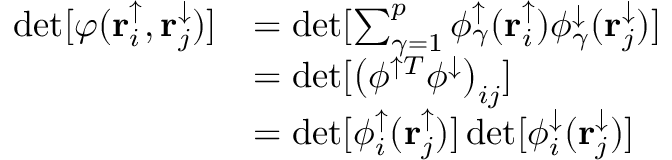
\begin{array} { r l } { \operatorname* { d e t } [ \varphi ( \mathbf { r } _ { i } ^ { \uparrow } , \mathbf { r } _ { j } ^ { \downarrow } ) ] } & { = \operatorname* { d e t } [ \sum _ { \gamma = 1 } ^ { p } \phi _ { \gamma } ^ { \uparrow } ( \mathbf { r } _ { i } ^ { \uparrow } ) \phi _ { \gamma } ^ { \downarrow } ( \mathbf { r } _ { j } ^ { \downarrow } ) ] } \\ & { = \operatorname* { d e t } [ \left( \phi ^ { \uparrow T } \phi ^ { \downarrow } \right) _ { i j } ] } \\ & { = \operatorname* { d e t } [ \phi _ { i } ^ { \uparrow } ( \mathbf { r } _ { j } ^ { \uparrow } ) ] \operatorname* { d e t } [ \phi _ { i } ^ { \downarrow } ( \mathbf { r } _ { j } ^ { \downarrow } ) ] } \end{array}